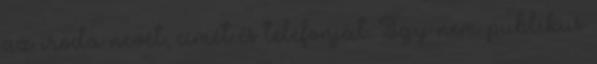
az iroda nevét, címét és telefonját. Így nem publikus